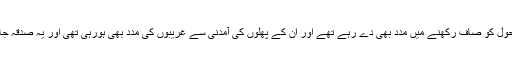
یہ درخت ماحول کو صاف رکھنے میں مدد بھی دے رہے تھے اور ان کے پھلوں کی آمدنی سے غریبوں کی مدد بھی ہورہی تھی اور یہ صدقہ جاریہ بھی تھا۔